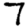
Digit: 7